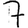
Digit: 7